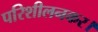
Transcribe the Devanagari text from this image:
परिशीलनकर।